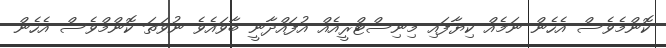
ކޮންމެވެސް އެހެން ނަމެއް ކިޔާފައި މިނިސްޓްރީއެއް އުފައްދާނީ ބާވައެވެ ނުވަތަ ކޮންމްވެސް އެހެން